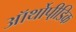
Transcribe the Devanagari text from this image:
ऑर्थोपी़डिक